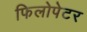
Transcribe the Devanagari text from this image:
फिलोपेटर